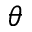
\theta